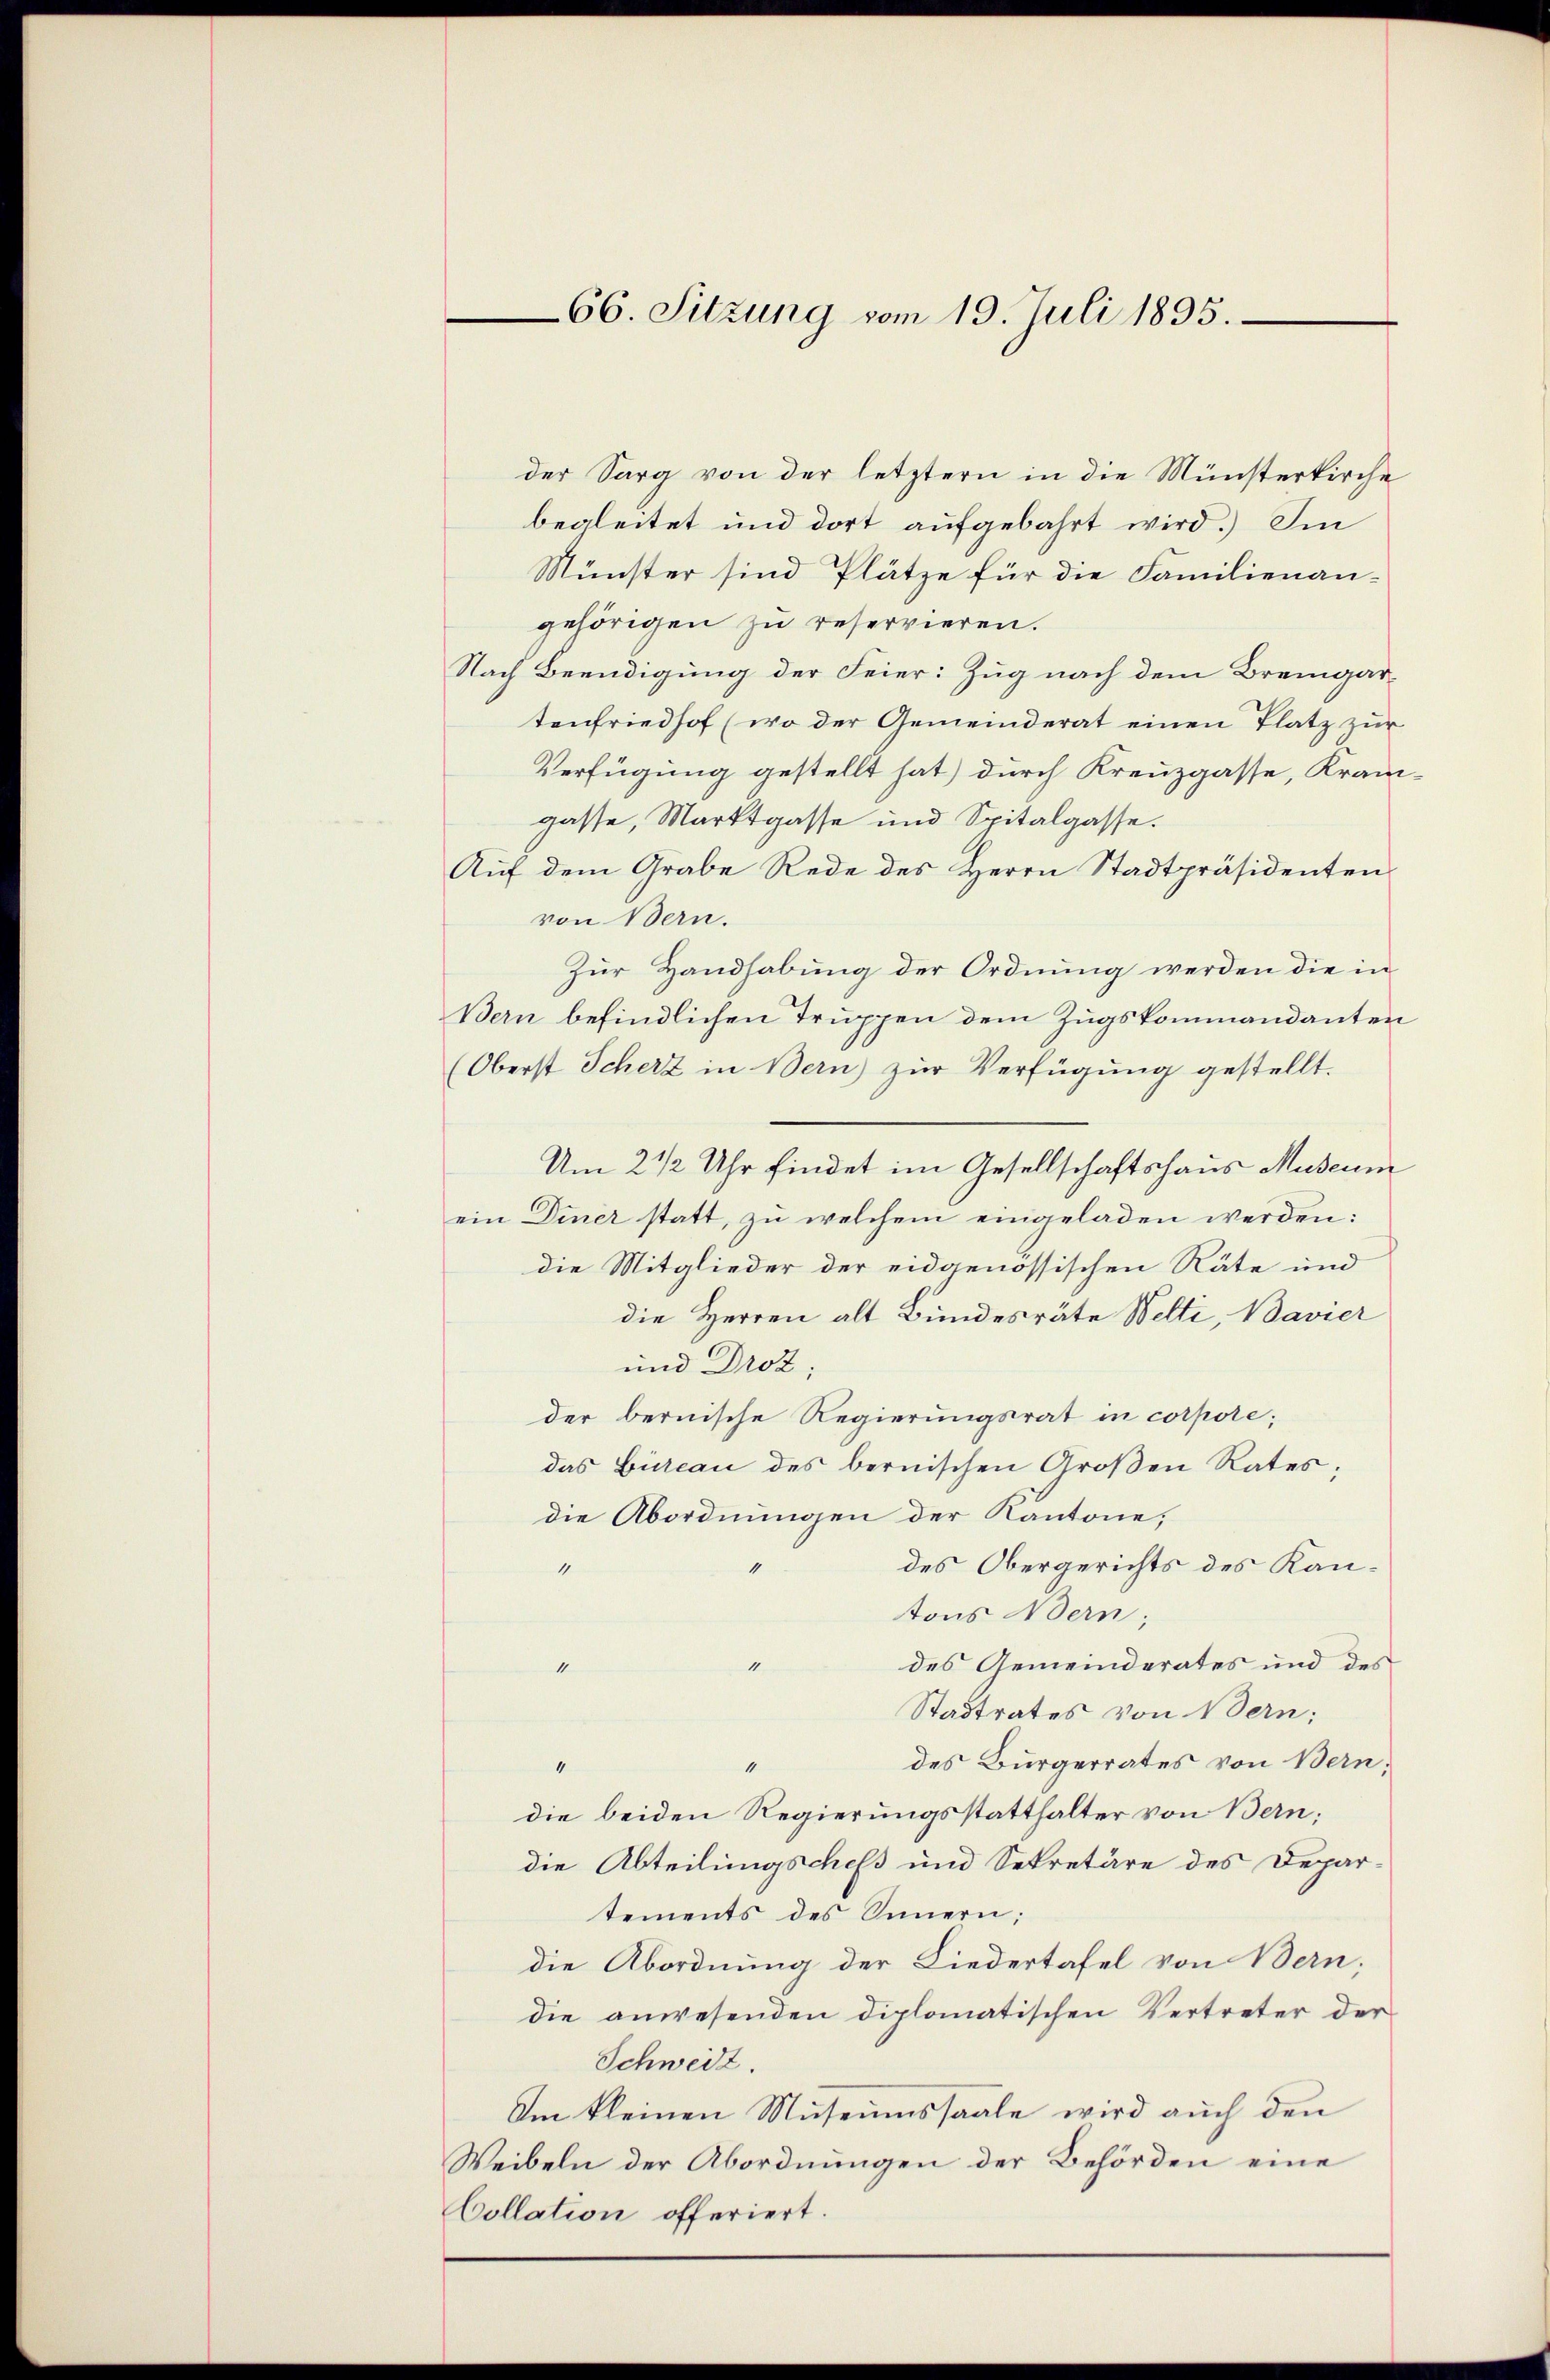
66. Sitzung vom 19. Juli 1895.

der Sarg von der letztern in die Münsterkirche
begleitet und dort aufgebahrt wird.) Im
Münster sind Plätze für die Familienangehörigen zu reservieren.
Nach Beendigung der Feier: Zug nach dem Bremgartenfriedhof (wo der Gemeinderat einen Platz zur
Verfügung gestellt hat) durch Kreuzgasse, Krangasse, Marktgasse und Spitalgasse.
Auf dem Grabe Rede des Herrn Stadtpräsidenten
von Bern.
Zur Handhabung der Ordnung werden die in
Bern befindlichen Truppen dem Zugskommandanten
(Oberst Schert in Bern) zur Verfügung gestellt.
Um 2 1/2 Uhr findet im Gesellschaftshaus Museum
ein Diner statt, zu welchem eingeladen werden:
die Mitglieder der eidgenössischen Räte und
die Herren alt Bundesräte Welti, Bavier
und Droz.
der bernische Regierungsrat in corpore;
das Büreau des bernischen Großen Rates;
die Abordnungen der Kantone,
des Obergerichts des Kantons Bern;
des Gemeinderates und des
1
Stadtrates von Bern;
des Bürgerrates von Bern,
1
die beiden Regierungsstatthalter von Bern,
die Abteilungschefs und Sekretäre des Depar-
tements des Sinnern;
die Abordnung der Liedertafel von Bern;
die anwesenden diplomatischen Vertreter der
Schweiz.
Am kleinen Museumssaale wird auch den
Weibeln der Abordnungen der Behörden eine
Collation offeriert.